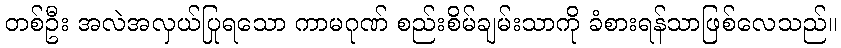
တစ်ဦး အလဲအလှယ်ပြုရသော ကာမဂုဏ် စည်းစိမ်ချမ်းသာကို ခံစားရန်သာဖြစ်လေသည်။